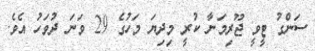
ސަންގު ޓީވީ ޖޫރިމަނާ ކުރީ މިދިޔަ މަހުގެ 29 ވަނަ ދުވަހު އެވެ.